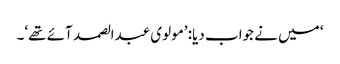
‘ میں نے جواب دیا: ’مولوی عبدالصمد آئے تھے‘۔